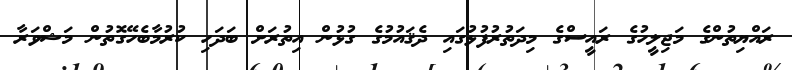
ރައްޔިތުންގެ މަޖިލީހުގެ ރައީސްގެ މިދަތުރުފުޅުގައި ދެޤައުމުގެ ގުޅުން އިތުރަށް ބަދަހި ކުރުމާބެހޭގޮތުން މަޝްވަރާ